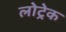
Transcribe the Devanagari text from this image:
लोट्रेक